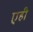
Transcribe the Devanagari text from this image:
एही